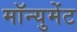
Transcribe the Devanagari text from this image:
मॉन्युमेंट